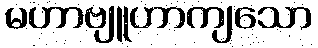
မဟာဗျူဟာကျသော